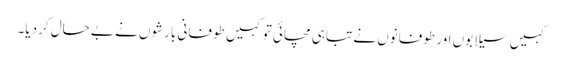
کہیں سیلابوں اور طوفانوں نے تباہی مچائی تو کہیں طوفانی بارشوں نے بے حال کردیا۔